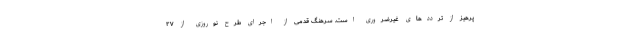
پرهیز از ترددهای غیرضروری است. سرهنگ قدمی از اجرای طرح نوروزی از ۲۷